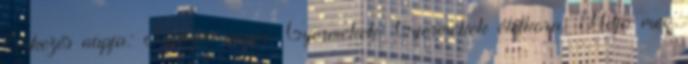
Érkezés napja: Távozás napja: Gyermekek: Gyermekek életkora: Adja meg